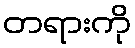
တရားကို